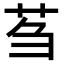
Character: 𫇴